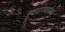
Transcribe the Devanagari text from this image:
स्वराज्यापेक्षा